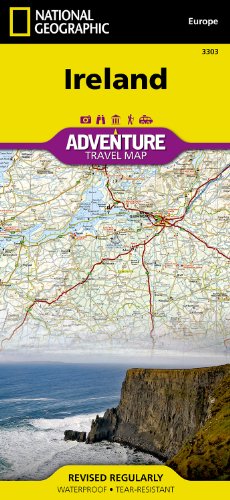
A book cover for Ireland (National Geographic Adventure Map); National Geographic Maps - Adventure; Reference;